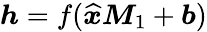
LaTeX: \boldsymbol{h}=f(\widehat{\boldsymbol{x}}\boldsymbol{M}_{1}+\boldsymbol{b})